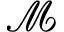
\mathcal { M }